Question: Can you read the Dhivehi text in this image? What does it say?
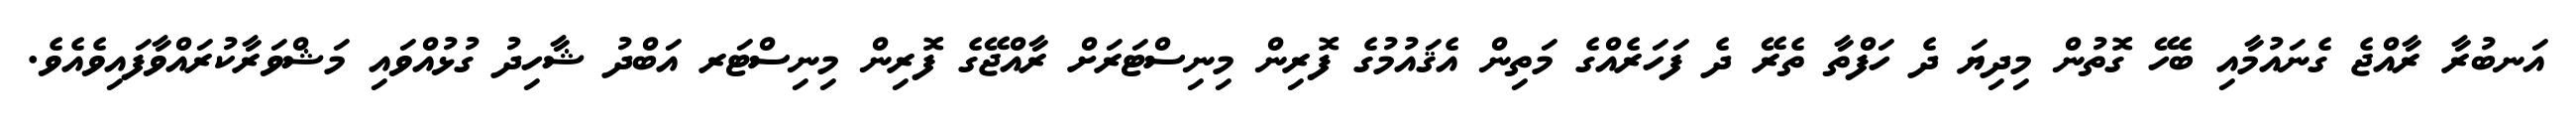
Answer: އަނބުރާ ރާއްޖެ ގެނައުމާއި ބެހޭ ގޮތުން މިދިޔަ ދެ ހަފްތާ ތެރޭ ދެ ފަހަރެއްގެ މަތިން އެޤައުމުގެ ފޮރިން މިނިސްޓަރަށް ރާއްޖޭގެ ފޮރިން މިނިސްޓަރ އަބްދު ޝާހިދު ގުޅުއްވައި މަޝްވަރާކުރައްވާފައިވެއެވެ.